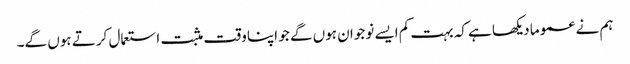
ہم نے عموما دیکھا ہے کہ بہت کم ایسے نوجوان ہوں گے جو اپنا وقت مثبت استعمال کرتے ہوں گے۔